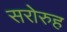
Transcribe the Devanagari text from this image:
सरोरुह